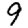
Digit: 9